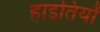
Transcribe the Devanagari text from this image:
हाइतियों